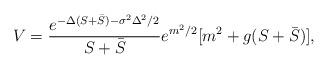
LaTeX: \begin{align*}V = \frac{e^{-\Delta(S + \bar S)-\sigma^2 \Delta^2/2}}{S + \bar S}e^{m^2/2}[m^2+ g(S+\bar S)] ,\end{align*}